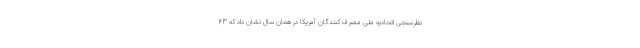
نظرسنجی اتحادیه ملی مصرف کنندگان آمریکا در همان سال نشان داد که 63